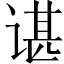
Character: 谌